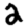
Digit: 2